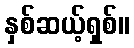
နှစ်ဆယ့်ရှစ်။